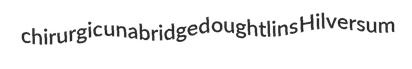
chirurgic unabridged oughtlins Hilversum